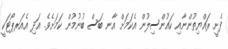
ފެށީ ރައްޔިތުންނާއި ކައުންސިލުން އެކަމަށް އާނ ބަސް ބުނުމުން ކަމަށެވެ. އަދި އެއަރޕޯޓަކީ